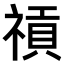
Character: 𥛌